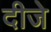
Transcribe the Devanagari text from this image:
दीजे